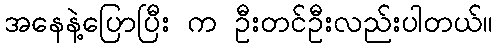
အနေနဲ့ပြောပြီး က ဦးတင်ဦးလည်းပါတယ်။